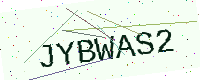
Text: JYBWAS2